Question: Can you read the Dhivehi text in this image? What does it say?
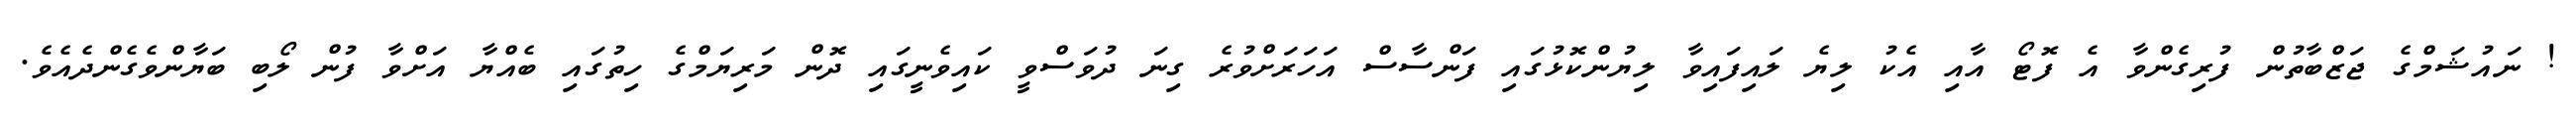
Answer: ! ނައުޝަމްގެ ޖަޒްބާތުން ފުރިގެންވާ އެ ފޮޓޯ އާއި އެކު ލިޔެ ލައިފައިވާ ލިޔުންކޮޅުގައި ފަންސާސް އަހަރަށްވުރެ ގިނަ ދުވަސްވީ ކައިވެނީގައި ދޮން މަރިޔަމްގެ ހިތުގައި ބެއްޔާ އަށްވާ ފުން ލޯބި ބަޔާންވެގެންދެއެވެ.